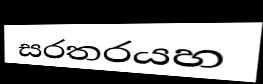
සරතරයහ